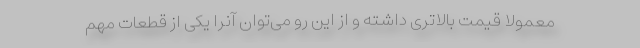
معمولاً قیمت بالاتری داشته و از این رو می‌توان آنرا یکی از قطعات مهم